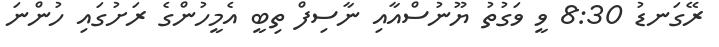
ރޭގަނޑު 8:30 ވީ ވަގުތު ޔޫނުސްއާއި ނާސިފް ތިބީ އެމީހުންގެ ރަށުގައި ހުންނަ